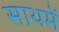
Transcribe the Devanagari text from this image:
साथमें